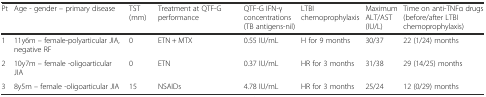
| Pt | Age - gender – primary disease | TST (mm) | Treatment at QTF-G performance | QTF-G IFN-γ concentrations (TB antigens-nil) | LTBI chemoprophylaxis | Maximum ALT/AST (IU/L) | Time on anti-TNFα drugs (before/after LTBI chemoprophylaxis) |
 | --- | --- | --- | --- | --- | --- | --- | --- |
 | 1 | 11y6m – female-polyarticular JIA, negative RF | 0 | ETN + MTX | 0.55 IU/mL | H for 9 months | 30/37 | 22 (1/24) months |
 | 2 | 10y7m – female -oligoarticular JIA | 0 | ETN | 0.37 IU/mL | HR for 3 months | 31/38 | 29 (14/25) months |
 | 3 | 8y5m – female -oligoarticular JIA | 15 | NSAIDs | 4.78 IU/mL | HR for 3 months | 25/24 | 12 (0/29) months |